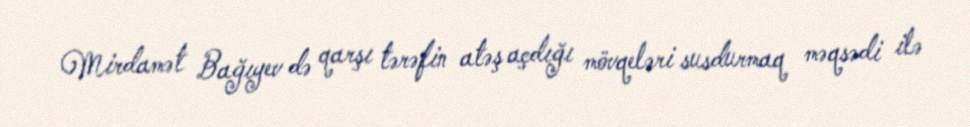
Mirdamət Bağıyev də qarşı tərəfin atəş açdığı mövqeləri susdurmaq məqsədi ilə